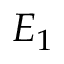
E _ { 1 }